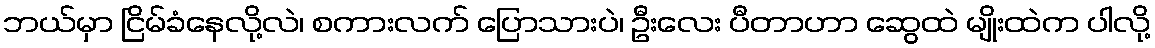
ဘယ်မှာ ငြိမ်ခံနေလို့လဲ၊ စကားလက် ပြောသားပဲ၊ ဦးလေး ပီတာဟာ ဆွေထဲ မျိုးထဲက ပါလို့